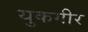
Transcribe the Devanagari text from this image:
युकगीर